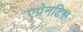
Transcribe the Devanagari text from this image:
एप्रेनटिस